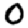
Digit: 0